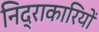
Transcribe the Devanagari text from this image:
निद्राकारियों